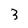
Character: 3